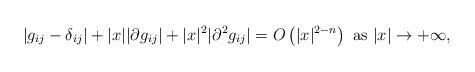
LaTeX: \begin{align*}|g_{ij}-\delta_{ij}|+|x||\partial g_{ij}|+|x|^2|\partial^2 g_{ij}|=O\left(|x|^{2-n}\right)\mbox{ as }|x|\to +\infty,\end{align*}